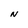
Character: N